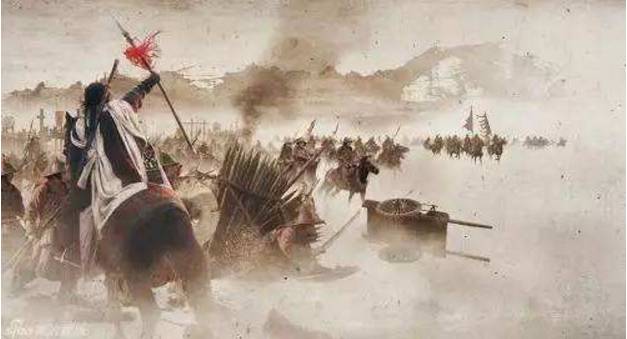
白云初下天山外，浮云直向五原间。